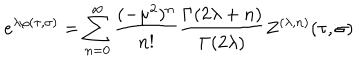
e ^ { \lambda \varphi ( \tau , \sigma ) } = \sum _ { n = 0 } ^ { \infty } \frac { ( - \mu ^ { 2 } ) ^ { n } } { n ! } \frac { \Gamma ( 2 \lambda + n ) } { \Gamma ( 2 \lambda ) } Z ^ { ( \lambda , n ) } ( \tau , \sigma )